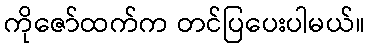
ကိုဇော်ထက်က တင်ပြပေးပါမယ်။